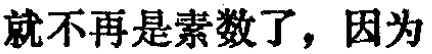
就不再是素数了，因为